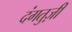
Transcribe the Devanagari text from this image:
दंगतुज़ी